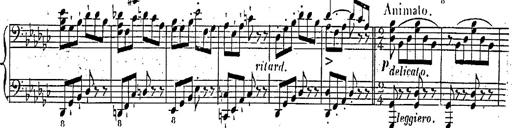
Title: Marche et Cavatine de Lucie de Lammermoor, S.398
Composer: Franz Liszt